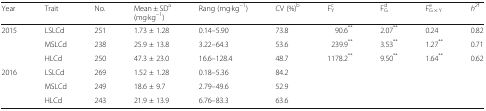
<table><thead><tr><td><b>Year</b></td><td><b>Trait</b></td><td><b>No.</b></td><td><b>Mean ± SD<sup>a</sup>(mg·kg<sup>−1</sup>)</b></td><td><b>Rang (mg·kg<sup>−1</sup>)</b></td><td><b>CV (%)<sup>b</sup></b></td><td><b>F<sub>Y</sub><sup>c</sup></b></td><td><b>F<sub>G</sub><sup>d</sup></b></td><td><b>F<sub>G × Y</sub><sup>e</sup></b></td><td><b><i>h</i><sup><i>2</i>f</sup></b></td></tr></thead><tbody><tr><td rowspan="3">2015</td><td>LSLCd</td><td>251</td><td>1.73 ± 1.28</td><td>0.14–5.90</td><td>73.8</td><td>90.6<sup>**</sup></td><td>2.07<sup>**</sup></td><td>0.24</td><td>0.82</td></tr><tr><td>MSLCd</td><td>238</td><td>25.9 ± 13.8</td><td>3.22–64.3</td><td>53.6</td><td>239.9<sup>**</sup></td><td>3.53<sup>**</sup></td><td>1.27<sup>**</sup></td><td>0.71</td></tr><tr><td>HLCd</td><td>250</td><td>47.3 ± 23.0</td><td>16.6–128.4</td><td>48.7</td><td>1178.2<sup>**</sup></td><td>9.50<sup>**</sup></td><td>1.64<sup>**</sup></td><td>0.62</td></tr><tr><td rowspan="3">2016</td><td>LSLCd</td><td>269</td><td>1.52 ± 1.28</td><td>0.18–5.36</td><td>84.2</td><td></td><td></td><td></td><td></td></tr><tr><td>MSLCd</td><td>249</td><td>18.6 ± 9.7</td><td>2.79–49.6</td><td>52.9</td><td></td><td></td><td></td><td></td></tr><tr><td>HLCd</td><td>243</td><td>21.9 ± 13.9</td><td>6.76–83.3</td><td>63.6</td><td></td><td></td><td></td><td></td></tr></tbody></table>